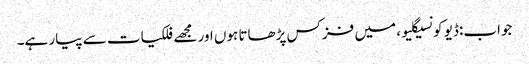
جواب:ڈیو کونسیگلیو، میں فزکس پڑھاتا ہوں اور مجھے فلکیات سے پیار ہے۔